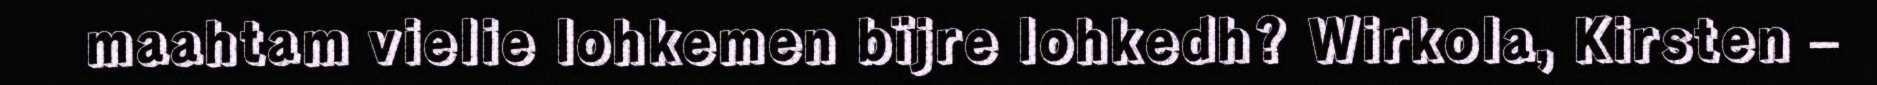
maahtam vielie lohkemen bïjre lohkedh? Wirkola, Kirsten –